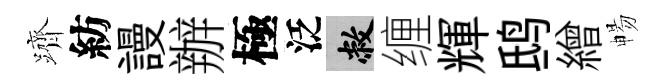
躋紡謾辦極泛敝缠輝鸱繒暢